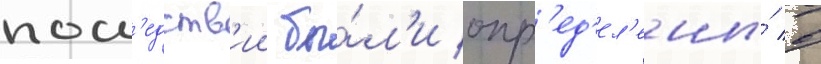
посл'едств'ии бы́л'и опр'ед'ел'ены́ в